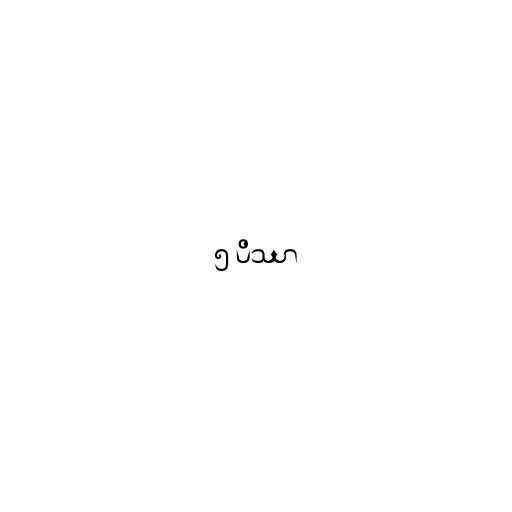
၅ ပိဿာ